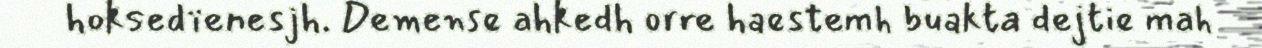
hoksedïenesjh. Demense ahkedh orre haestemh buakta dejtie mah